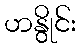
ဟနွိုင်း